system: You are a helpful assistant.
user:
Analyze the provided spectrum to determine if it is a **M-type Giant (gM)**.

A M-type Giant spectrum is defined by its **strong molecular absorption** features, particularly from **Titanium Oxide (TiO)**. You must check for one of the following mutually exclusive signatures:

- **Key Visual Indicators (Absorption-Dominated Spectrum):**

    - **(Primary):** The spectrum is dominated by strong molecular absorption from **Titanium Oxide (TiO)**. This is the **defining feature** of its M-type temperature class.
        - **(Key Bandheads):** Look for sharp, "saw-tooth" absorption valleys. The strongest are located near **~7050 Å**, **~6160 Å**, and **~5170 Å**.
        - **(Line Profile):** The "saw-tooth" morphology is critical: a **sharp, steep drop on the BLUE (short-wavelength) side** of the bandhead, followed by a gradual recovery (rising flux) towards the RED (long-wavelength) side.

    - **(Key Confirmation - Giant vs. Dwarf):** **ABSENCE** of strong **Calcium Hydride (CaH)** molecular bands. This is the primary diagnostic for *excluding* M-dwarfs.
        - **(Key Region):** The spectrum should lack the strong, broad absorption band seen in dwarfs between **~6800 Å and ~7000 Å**.

    - **(Secondary Confirmation - Giant):** A very strong and broad **Neutral Calcium (Ca I)** atomic absorption line.
        - **(Key Line):** Located at **~4226 Å**. In a giant (gM), this line is significantly deeper and broader than the same line in an M-dwarf (dM) due to low surface gravity.

    - **(Overall Spectrum):**
        - The continuum is **extremely red-sloping** (i.e., flux is very low in the blue and rises dramatically towards the red).
        - The entire spectrum appears "chopped up" by the deep TiO bands.

Think first, call **spectral_visualization_tool** if needed to examine features in detail, then provide your final answer. Your response must adhere to the following strict rules:
1.  **Overall Structure:** Your response must follow the format `<think>...</think> <tool_call>...</tool_call> (if a tool is used) <answer>...</answer>`.
2.  **Tool Usage Constraint:** You may only make **one** tool call per turn.
3.  **Final Answer Format:** In the `<answer>` tag, your conclusion must be inside a `\boxed{}` command (e.g., `\boxed{YES}` or `\boxed{NO}`), followed by your justification.

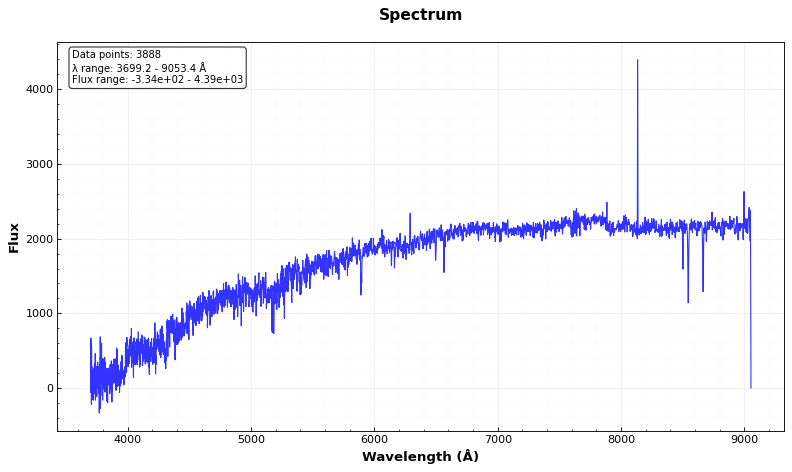
Answer: NO